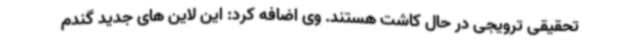
تحقیقی ترویجی در حال کاشت هستند. وی اضافه کرد: این لاین های جدید گندم